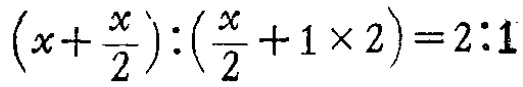
\((x+\frac{x}{2}):(\frac{x}{2}+1\times 2)=2:1\)